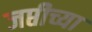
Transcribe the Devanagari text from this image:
जप्तीच्या